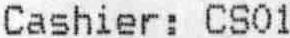
CASHIER : CS01